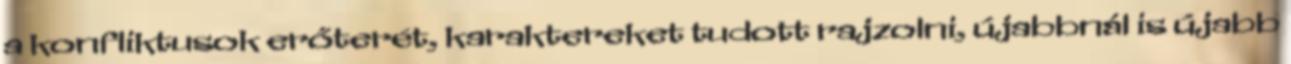
a konfliktusok erőterét, karaktereket tudott rajzolni, újabbnál is újabb